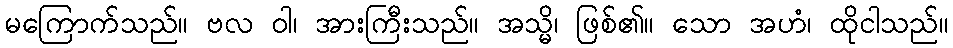
မကြောက်သည်။ ဗလ ဝါ၊ အားကြီးသည်။ အသ္မိ၊ ဖြစ်၏။ သော အဟံ၊ ထိုငါသည်။